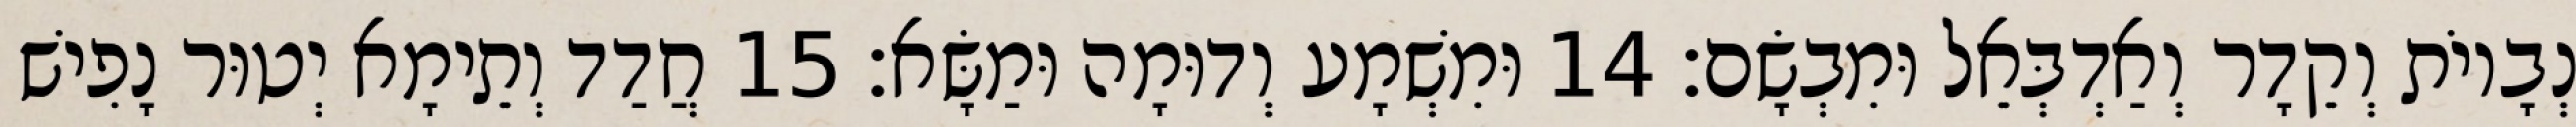
נְבָיוֹת וְקֵדָר וְאַדְבְּאֵל וּמִבְשָׂם׃ 14 וּמִשְׁמָע וְדוּמָה וּמַשָּׂא׃ 15 חֲדַד וְתֵימָא יְטוּר נָפִישׁ